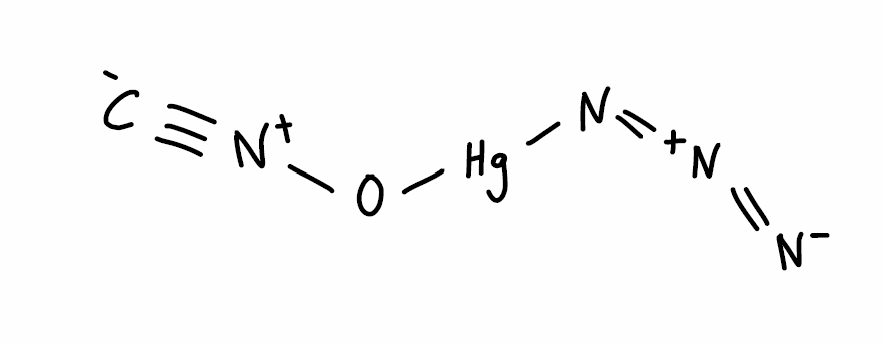
Simplified molecular-input line-entry system (SMILES) notation of the given molecule:
[C-]#[N+]O[Hg]N=[N+]=[N-]